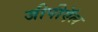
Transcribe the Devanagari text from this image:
जीपीऍल